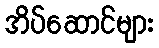
အိပ်ဆောင်များ